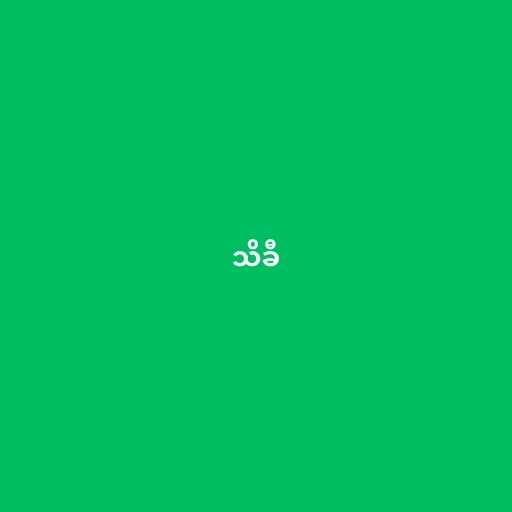
သိခီ